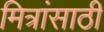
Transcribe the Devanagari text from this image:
मित्रांसाठी